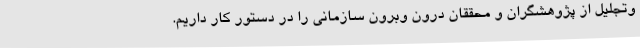
وتجلیل از پژوهشگران و محققان درون وبرون سازمانی را در دستور کار داریم.